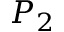
P _ { 2 }